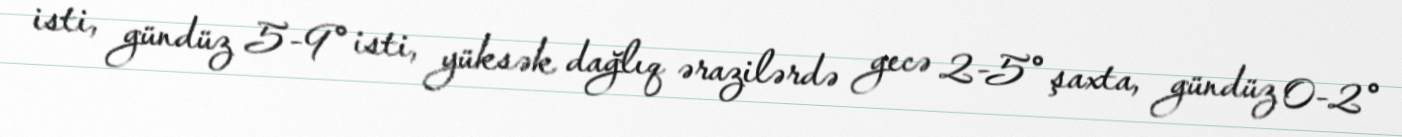
isti, gündüz 5-9° isti, yüksək dağlıq ərazilərdə gecə 2-5° şaxta, gündüz 0-2°